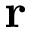
\bf r